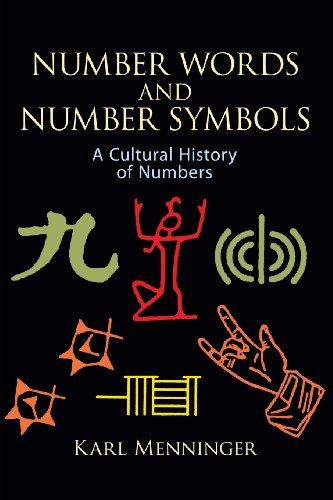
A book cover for Number Words and Number Symbols: A Cultural History of Numbers; Karl Menninger; Science & Math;